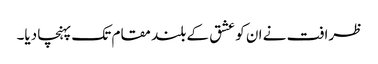
ظرافت نے ان کو عشق کے بلند مقام تک پہنچا دیا۔